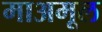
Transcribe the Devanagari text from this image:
माअमूल